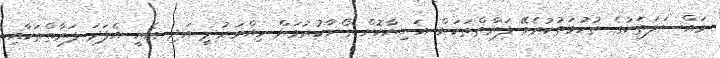
މައްސަލަތަކުގެ ތުހުމަތުކުރެވޭ ފަރާތްތަކަށް އަނިޔާކޮށް ގޯނާކުރުމަށް ހިއްވަރުދީ އަދި އެއީ އެފަދަ ފަރާތްތަކާއި